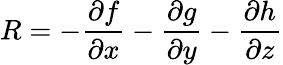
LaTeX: R=-\frac{\partial f}{\partial x}-\frac{\partial g}{\partial y}-\frac{\partial h}{\partial z}